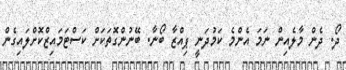
ދޯ. ދެން މާލެއިން ނަމަ އެންމެ ކަމުދަނީ ޕިއްޒާ ބޯނާ. ބޭނުންގޮތަކަށް ކަސްޓަމައިޒްކޮށްލައިގެން